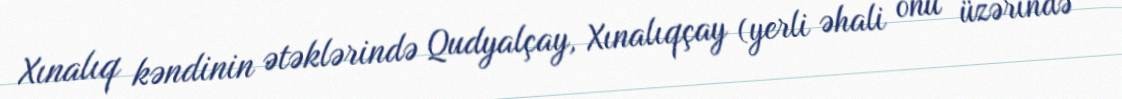
Xınalıq kəndinin ətəklərində Qudyalçay, Xınalıqçay (yerli əhali onu üzərində